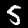
Digit: 5